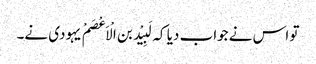
تو اس نے جواب دیا کہ لَبِیْد بن الْاَعْصَمْ یہودی نے۔